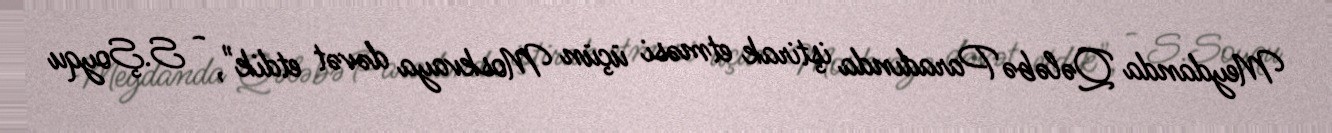
Meydanda Qələbə Paradında iştirak etməsi üçün Moskvaya dəvət etdik", - S.Şoyqu